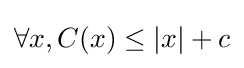
\forall x,C(x)\leq |x|+c